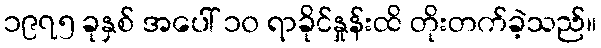
၁၉၇၅ ခုနှစ် အပေါ် ၁၀ ရာခိုင်နှုန်းထိ တိုးတက်ခဲ့သည်။